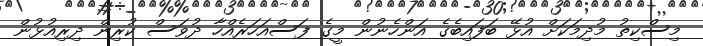
މިސްކިތު މުދިމަކަށް އުޅޭ ބަފައިބެގެ އަންހެނުން މީގެ ފަސްއަހަރެއްހާ ދުވަސް ކުރިން ދިރިއުޅުން